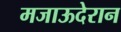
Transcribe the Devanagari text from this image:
मजाऊदेरान